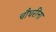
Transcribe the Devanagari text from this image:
चौधरींना